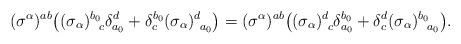
LaTeX: \begin{align*}(\sigma^\alpha)^{ab} \bigr((\sigma_\alpha)^{b_0}_{~~\!c} \delta^d_{a_0} +\delta^{b_0}_c (\sigma_\alpha)^d_{~a_0} \bigr) = (\sigma^\alpha)^{ab} \bigr((\sigma_\alpha)^d_{~c} \delta^{b_0}_{a_0} +\delta^d_c (\sigma_\alpha)^{b_0}_{~~\!a_0} \bigr).\end{align*}